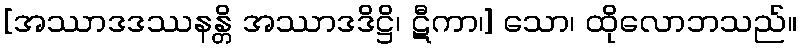
[အဿာဒဒဿနန္တိ အဿာဒဒိဋ္ဌိ၊ ဋီကာ၊] သော၊ ထိုလောဘသည်။